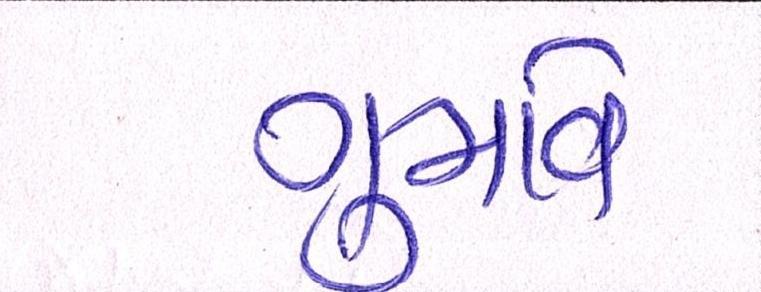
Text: ગુમાવે